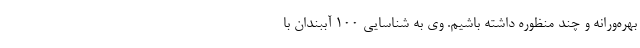
بهره‌ورانه و چند منظوره داشته باشیم. وی به شناسایی ۱۰۰ آببندان با